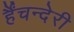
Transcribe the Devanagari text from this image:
र्हैंचन्देरी